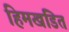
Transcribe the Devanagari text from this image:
हिमखंडित